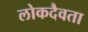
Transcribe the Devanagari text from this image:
लोकदैवता